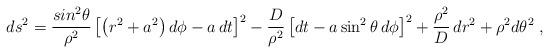
LaTeX: \begin{align*} ds^2= \frac{sin^2{\theta}}{\rho^2} \left[\left( r^2 +a^2 \right) d\phi - a \, dt \right]^2-\frac{D}{\rho^2} \left[ dt - a \sin^2{ \theta } \, d\phi \right]^2 +\frac{\rho^2}{D} \, dr^2 +{\rho^2} d\theta^2 \;,\end{align*}